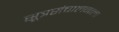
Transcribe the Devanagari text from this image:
सूत्रसंचालनाला